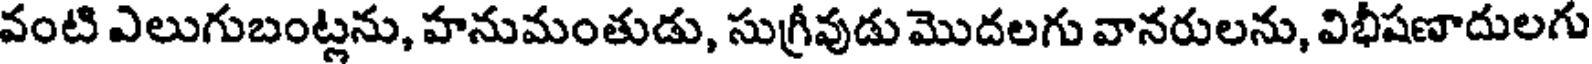
వంటి ఎలుగుబంట్లను, హనుమంతుడు, సుగ్రీవుడు మొదలగు వానరులను, విభీషణాదులగు